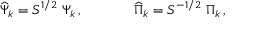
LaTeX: \widehat \Psi _ { k } = { S } ^ { 1 / 2 } \ \Psi _ { k } \, , ~ ~ ~ ~ ~ ~ ~ ~ ~ ~ ~ \widehat \Pi _ { k } = { S } ^ { - 1 / 2 } \ \Pi _ { k } \, ,